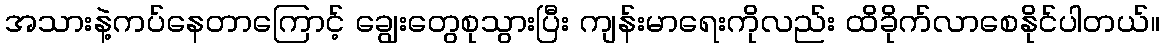
အသားနဲ့ကပ်နေတာကြောင့် ချွေးတွေစုသွားပြီး ကျန်းမာရေးကိုလည်း ထိခိုက်လာစေနိုင်ပါတယ်။